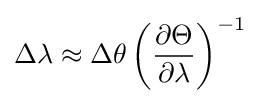
\Delta \lambda \approx \Delta \theta \left({\frac {\partial \Theta }{\partial \lambda }}\right)^{-1}